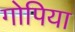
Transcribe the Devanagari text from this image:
गोपिया